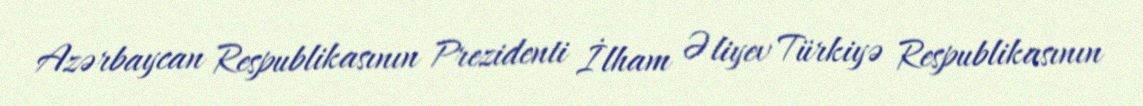
Azərbaycan Respublikasının Prezidenti İlham Əliyev Türkiyə Respublikasının